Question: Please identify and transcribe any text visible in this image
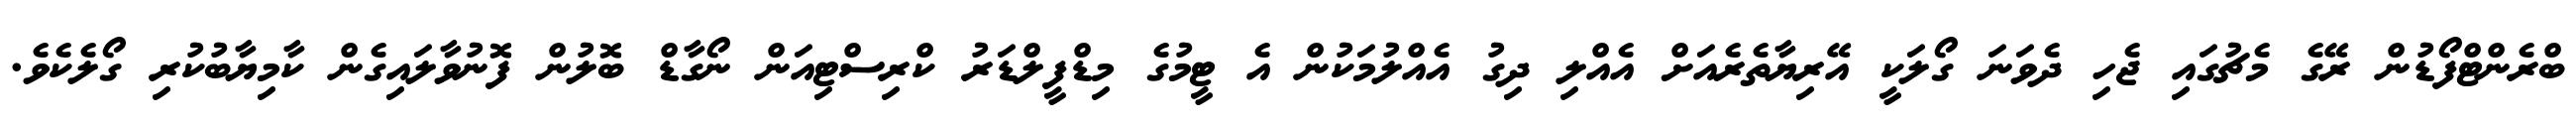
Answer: ބްރެންޓްފޯޑުން ރޭގެ މެޗުގައި ޖެހި ދެވަނަ ގޯލަކީ އޭރިޔާތެރެއަށް އެއްލި ދިގު އެއްލުމަކުން އެ ޓީމުގެ މިޑްފީލްޑަރު ކްރިސްޓިއަން ނޯގާޑް ބޮލުން ފޮނުވާލައިގެން ކާމިޔާބުކުރި ގޯލެކެވެ.